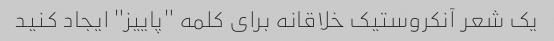
یک شعر آنکروستیک خلاقانه برای کلمه "پاییز" ایجاد کنید